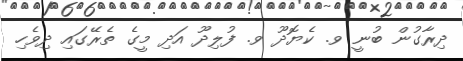
ދިރާގުން ބުނީ ވ. ކެޔޮދޫ ވ. ފުލިދޫ އަދި މީގެ ތެރޭގައި ދިވެހި